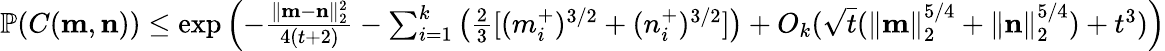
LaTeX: \begin{array}{r}{\mathbb{P}(C(\mathbf{m},\mathbf{n}))\le\exp\left(-\frac{\| \mathbf{m}-\mathbf{n}\| _{2}^{2}}{4(t+2)}-\sum_{i=1}^{k}\left(\frac{2}{3}[(m_{i}^{+})^{3/2}+(n_{i}^{+})^{3/2}]\right)+O_{k}(\sqrt{t}(\| \mathbf{m}\| _{2}^{5/4}+\| \mathbf{n}\| _{2}^{5/4})+t^{3})\right)}\end{array}